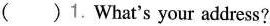
（ ）1. What's your address?